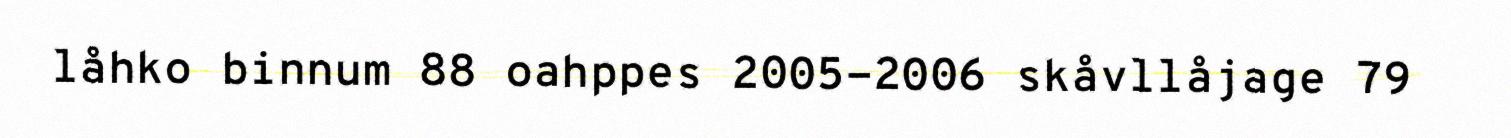
låhko binnum 88 oahppes 2005-2006 skåvllåjage 79